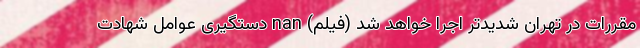
مقررات در تهران شدیدتر اجرا خواهد شد (فیلم) nan دستگیری عوامل شهادت